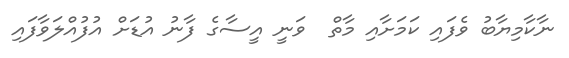
ނާކާމިޔާބު ވެފައި ކަމަށާއި މާތް  ވަނީ އީސާގެ ފާނު އުޑަށް އުުފުއްލަވާފައި